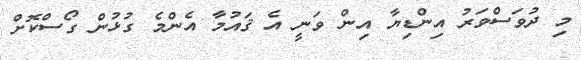
މި ދުވަސްވަރު އިންޑިޔާ އިން ވަނީ އެ ޤައުމާ އެންމެ ގުޅުން ގޯސްކޮށް